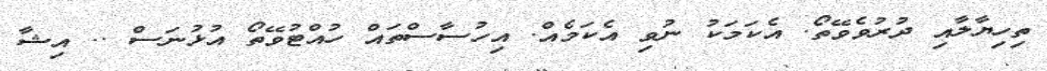
ތިހިޔާލާއި ދުރުވެވޭތޯ. އެކަމަކު ނުވި އެކަމެއް. އިހުސާސްތައް ހުއްޓުވޭތޯ އުޅުނަސް .. އިޝާ